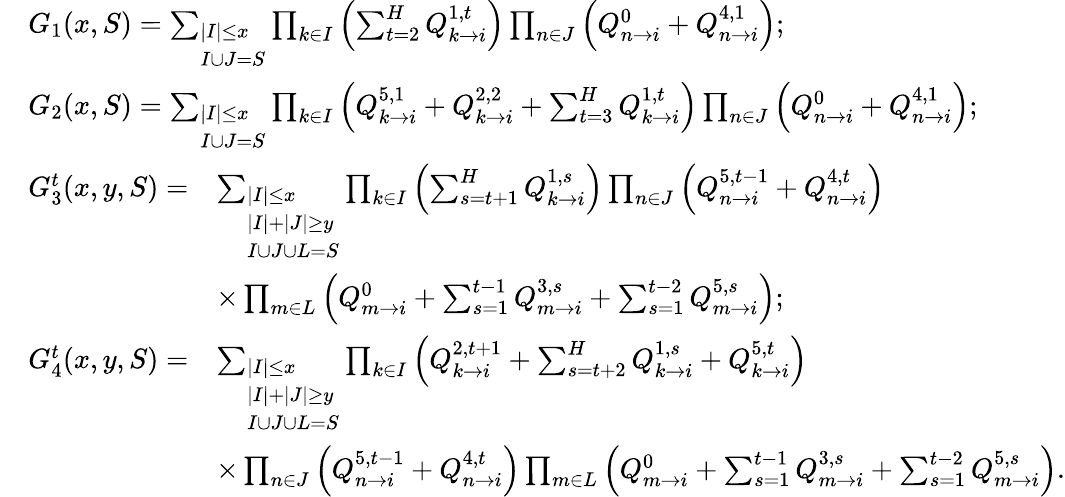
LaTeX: \begin{array}{rl}&{G_{1}(x,S)=\sum_{\begin{array}{l}{|I|\leq x}\\ {I\cup J=S}\end{array}}\prod_{k\in I}\left(\sum_{t=2}^{H}Q_{k\rightarrow i}^{1,t}\right)\prod_{n\in J}\left(Q_{n\rightarrow i}^{0}+Q_{n\rightarrow i}^{4,1}\right);}\\ &{G_{2}(x,S)=\sum_{\begin{array}{l}{|I|\leq x}\\ {I\cup J=S}\end{array}}\prod_{k\in I}\left(Q_{k\rightarrow i}^{5,1}+Q_{k\rightarrow i}^{2,2}+\sum_{t=3}^{H}Q_{k\rightarrow i}^{1,t}\right)\prod_{n\in J}\left(Q_{n\rightarrow i}^{0}+Q_{n\rightarrow i}^{4,1}\right);}\\ &{\begin{array}{rl}{G_{3}^{t}(x,y,S)=}&{\sum_{\begin{array}{l}{|I|\leq x}\\ {|I|+|J|\geq y}\\ {I\cup J\cup L=S}\end{array}}\prod_{k\in I}\left(\sum_{s=t+1}^{H}Q_{k\rightarrow i}^{1,s}\right)\prod_{n\in J}\left(Q_{n\rightarrow i}^{5,t-1}+Q_{n\rightarrow i}^{4,t}\right)}\\ &{\times\prod_{m\in L}\left(Q_{m\rightarrow i}^{0}+\sum_{s=1}^{t-1}Q_{m\rightarrow i}^{3,s}+\sum_{s=1}^{t-2}Q_{m\rightarrow i}^{5,s}\right);}\end{array}}\\ &{\begin{array}{rl}{G_{4}^{t}(x,y,S)=}&{\sum_{\begin{array}{l}{|I|\leq x}\\ {|I|+|J|\geq y}\\ {I\cup J\cup L=S}\end{array}}\prod_{k\in I}\left(Q_{k\rightarrow i}^{2,t+1}+\sum_{s=t+2}^{H}Q_{k\rightarrow i}^{1,s}+Q_{k\rightarrow i}^{5,t}\right)}\\ &{\times\prod_{n\in J}\left(Q_{n\rightarrow i}^{5,t-1}+Q_{n\rightarrow i}^{4,t}\right)\prod_{m\in L}\left(Q_{m\rightarrow i}^{0}+\sum_{s=1}^{t-1}Q_{m\rightarrow i}^{3,s}+\sum_{s=1}^{t-2}Q_{m\rightarrow i}^{5,s}\right).}\end{array}}\end{array}